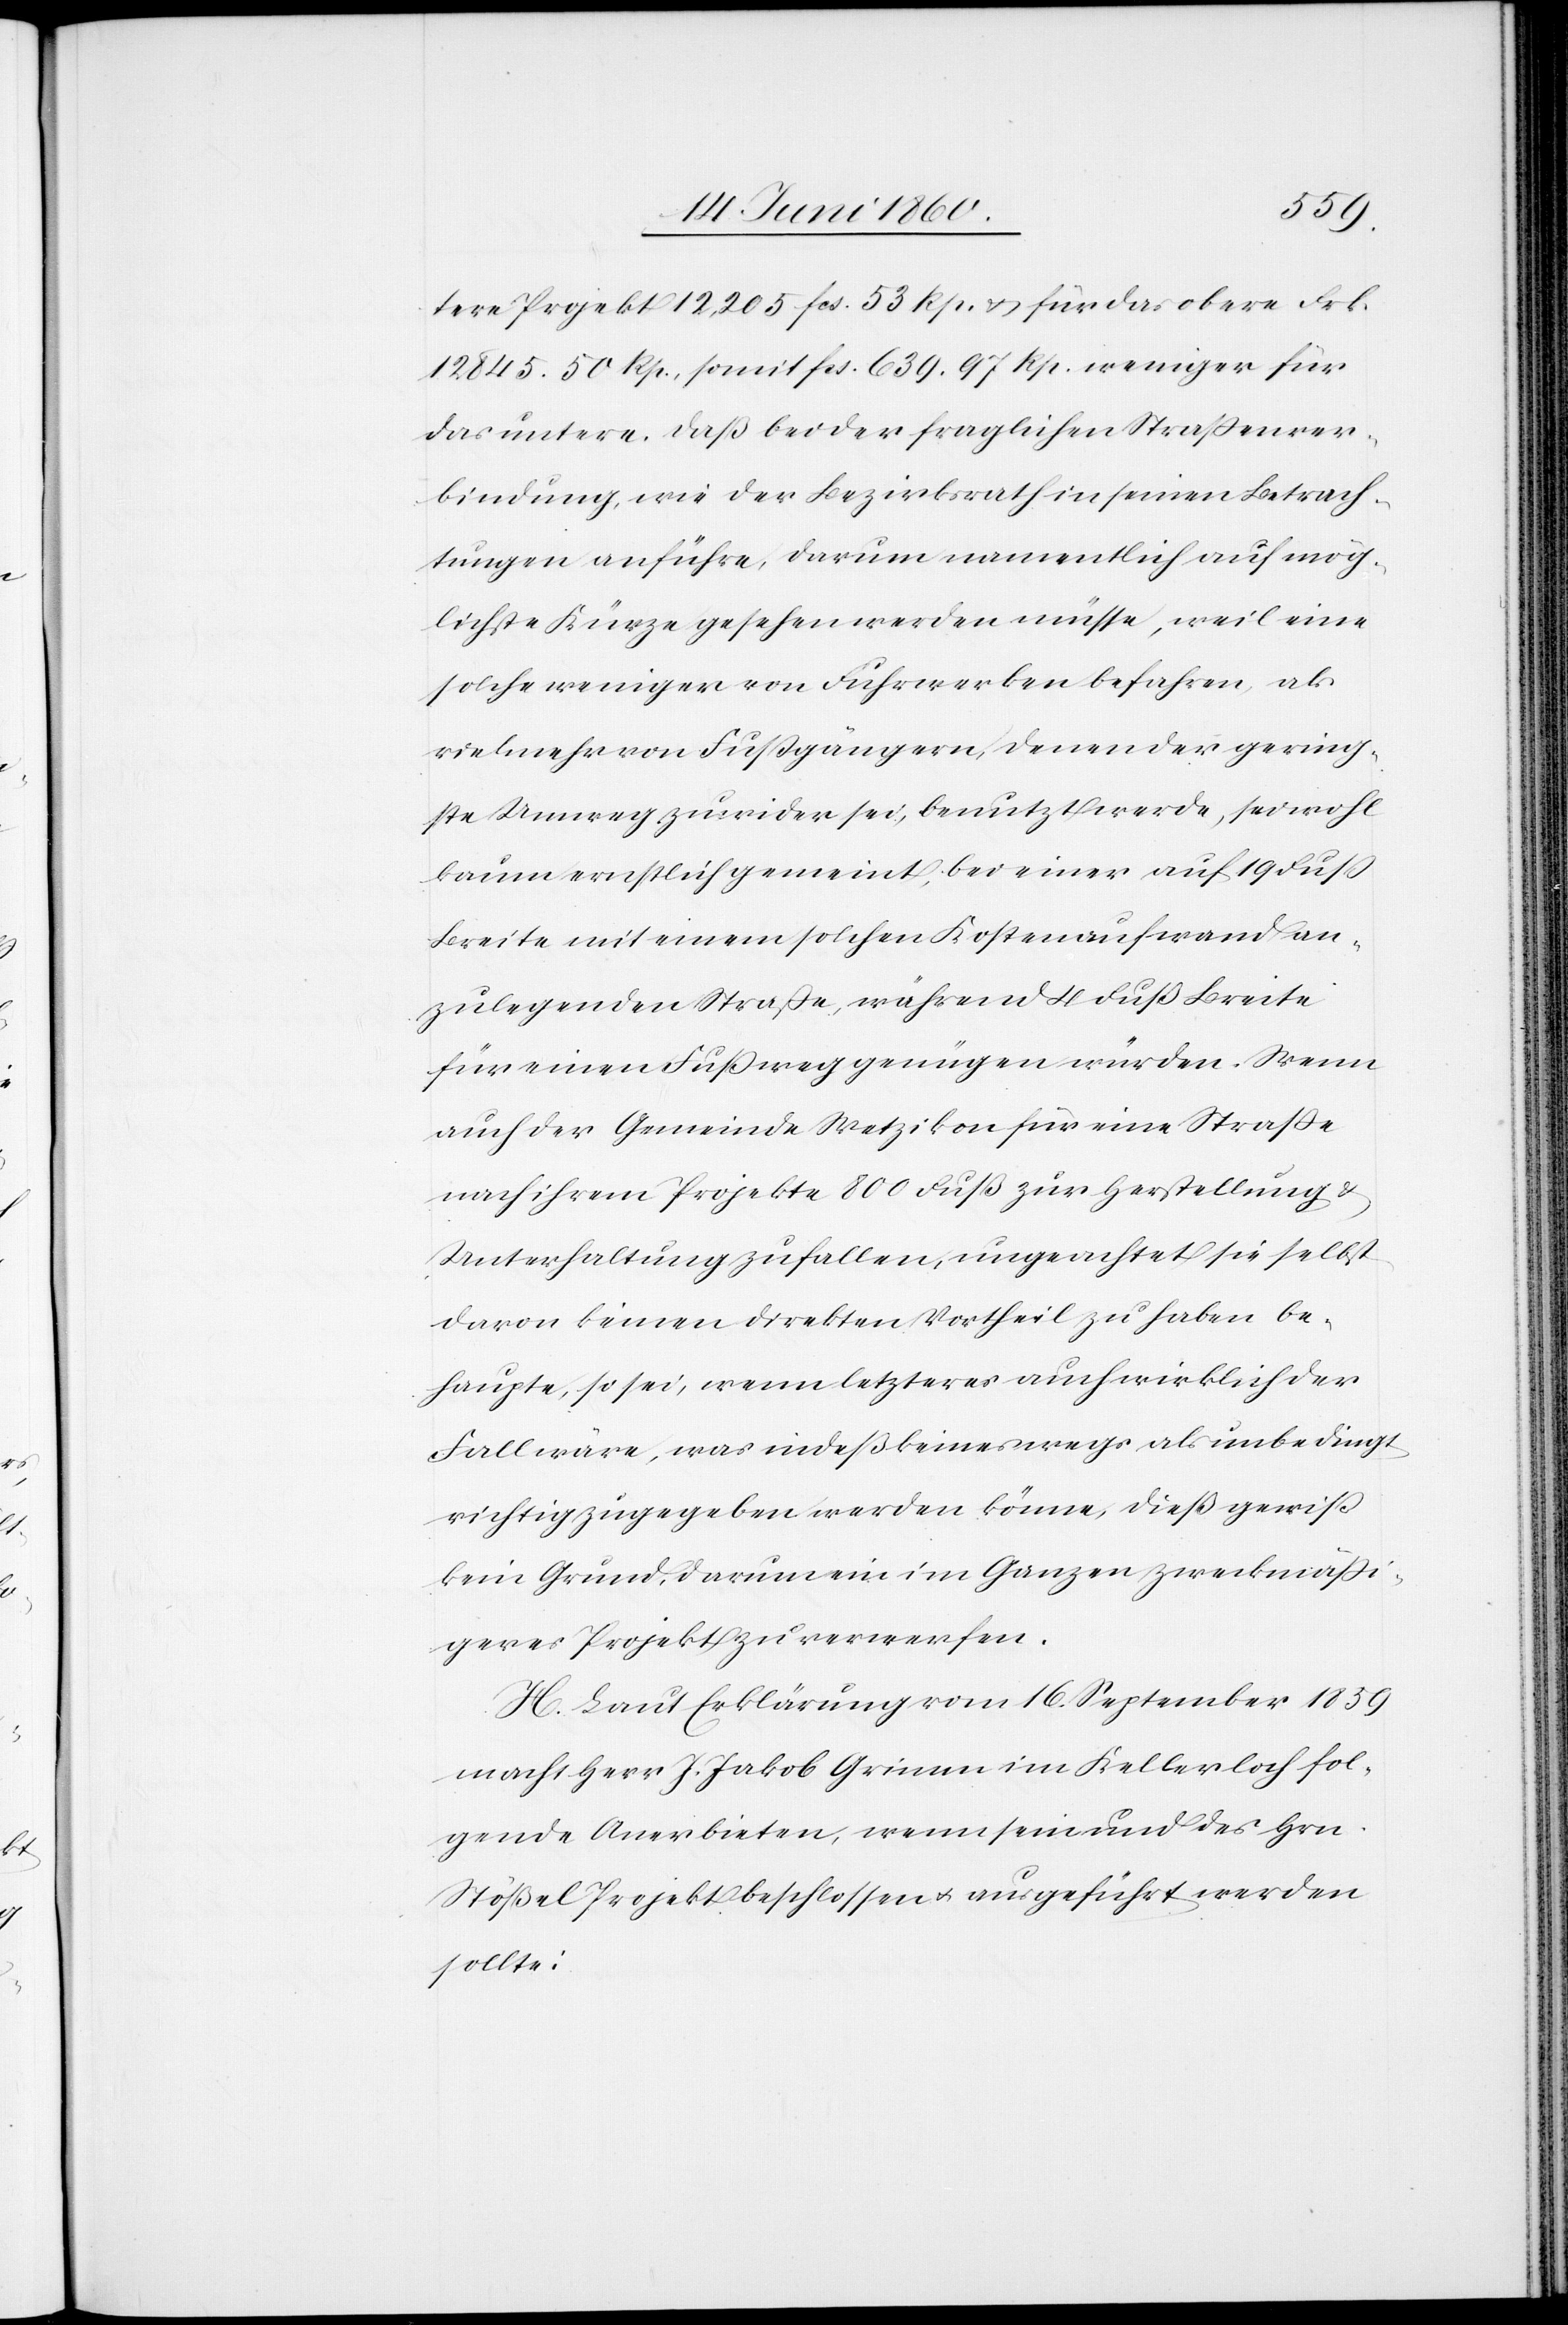
tere Projekt 12,205 fcs. 53 Rp. u. für das obere Frk.
12 845 50 Rp., somit fcs. 639. 97 Rp. weniger für
das untere., daß bei der fraglichen Strassenver¬
bindung, wie der Bezirksrath in seinen Betrach¬
tungen anführe, darum namentlich auf mög¬
lichste Kürze gesehen werden müsse, weil eine
solche weniger von Fuhrwerken befahren, als
vielmehr von Fussgängern, denen der gering¬
ste Umweg zuwider sei, benutzt werde, sei wohl
kaum ernstlich gemeint, bei einer auf 19 Fuss
Breite mit einem solchen Kostenaufwand an¬
zulegenden Strasse, während 4 Fuß Breite
für einen Fussweg genügen würden. Wenn
auch der Gemeinde Wetzikon für eine Strasse
nach ihrem Projekte 800 Fuß zur Herstellung u.
Unterhaltung zufallen, ungeachtet sie selbst
davon keinen direkten Vortheil zu haben be¬
haupte, so sei, wenn letzteres auch wirklich der
Fall wäre, was indeß keineswegs als unbedingt
richtig zugegeben werden könne, dieß gewiss
kein Grund, darum ein im Ganzen zweckmäßi¬
geres Projekt zu verwerfen.
H. Laut Erklärung vom 16. September 1859
macht Herr J. Jakob Grimm im Kellerloch fol¬
gende Anerbieten, wenn sein und des Hrn.
Stößel Projekt beschlossen u. ausgeführt werden
sollte: